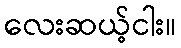
လေးဆယ့်ငါး။